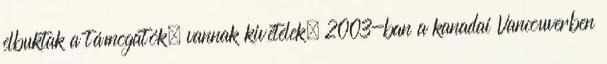
elbuktak a támogatók, vannak kivételek. 2003-ban a kanadai Vancouverben